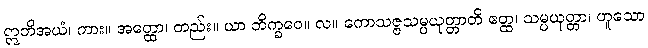
ဣတိအယံ၊ ကား။ အတ္ထော၊ တည်း။ ယာ ဘိက္ခဝေ။ လ။ ကောသဇ္ဇသမ္ပယုတ္တာတိ ဧတ္ထ၊ သမ္ပယုတ္တာ၊ ဟူသော